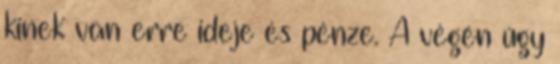
kinek van erre ideje és pénze. A végén úgy